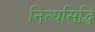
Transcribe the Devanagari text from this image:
नित्यसिद्धि